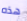
هذه